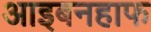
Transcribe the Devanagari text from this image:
आइबनहाफ